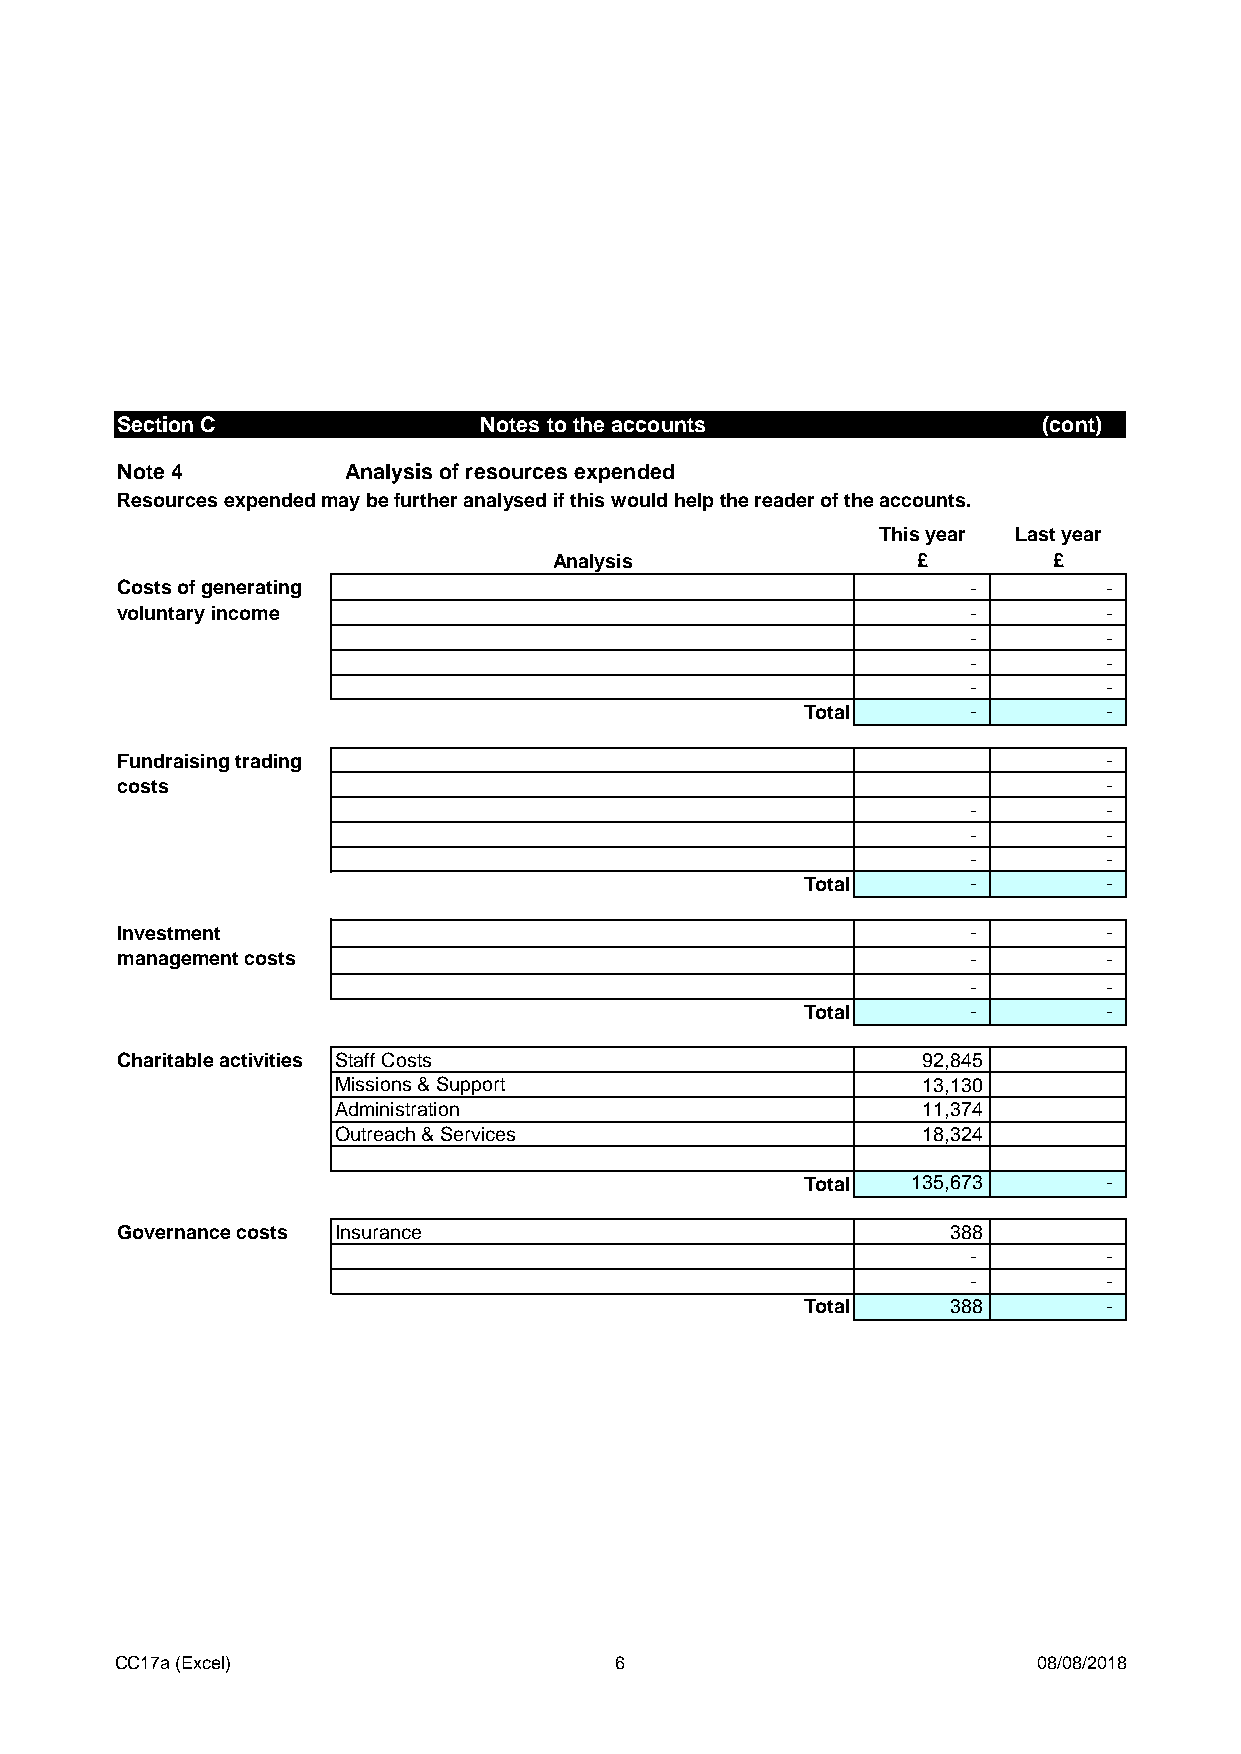
Section C               Notes to the accounts                (cont)
 Note 4         Analysis of resources expended
 Resources expended may be further analysed if this would help the reader of the accounts.
 This year Last year
 Analysis                £        £
 Costs of generating                                     -        -
 voluntary income                                        -        -
 -        -
 -        -
 -        -
 Total      -        -
 Fundraising trading                                              -
 costs                                                            -
 -        -
 -        -
 -        -
 Total      -        -
 Investment                                              -        -
 management costs                                        -        -
 -        -
 Total      -        -
 Charitable activities Staff Costs                    92,845
 Missions & Support                     13,130
 Administration                         11,374
 Outreach & Services                    18,324
 Total  135,673      -
 Governance costs Insurance                             388
 -        -
 -        -
 Total     388       -
 CC17a (Excel)                    6                           08/08/2018